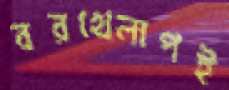
বরখেলাপই